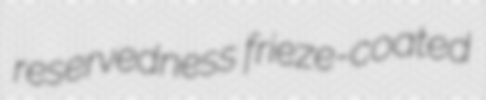
reservedness frieze-coated